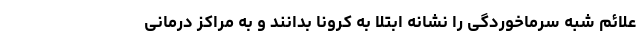
علائم شبه سرماخوردگی را نشانه ابتلا به کرونا بدانند و به مراکز درمانی